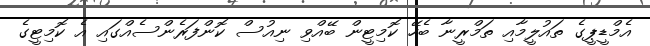
އެމްޑީޕީގެ ތައުލީމާއި ތަމްރީނާ ބެހޭ ކޮމިޓީން ބޭއްވި ނިއުސް ކޮންފަރެންސެއްގައި އެ ކޮމިޓީގެ